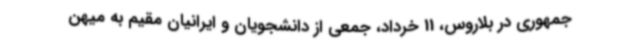
جمهوری در بلاروس، 11 خرداد، جمعی از دانشجویان و ایرانیان مقیم به میهن